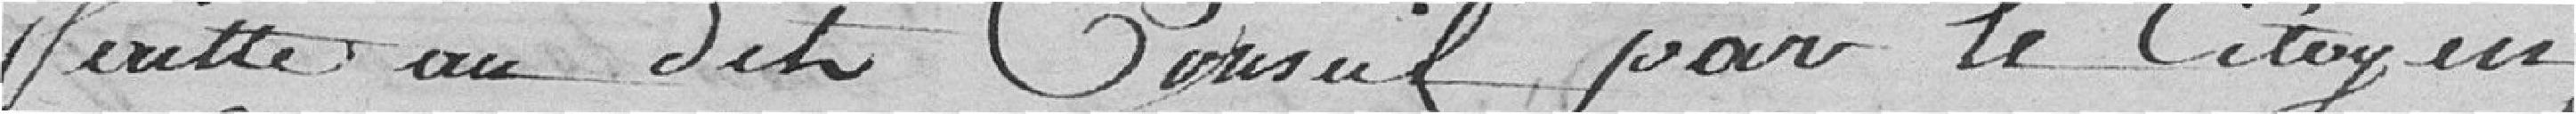
écrite au dit Conseil par le citoyen